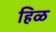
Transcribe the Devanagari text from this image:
हिळ